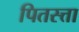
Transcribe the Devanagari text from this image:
पितस्त्ता